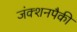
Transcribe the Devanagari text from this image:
जंक्शनपैकी